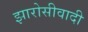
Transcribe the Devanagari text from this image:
झारोसीवादी